Leaving Certificate, 1888
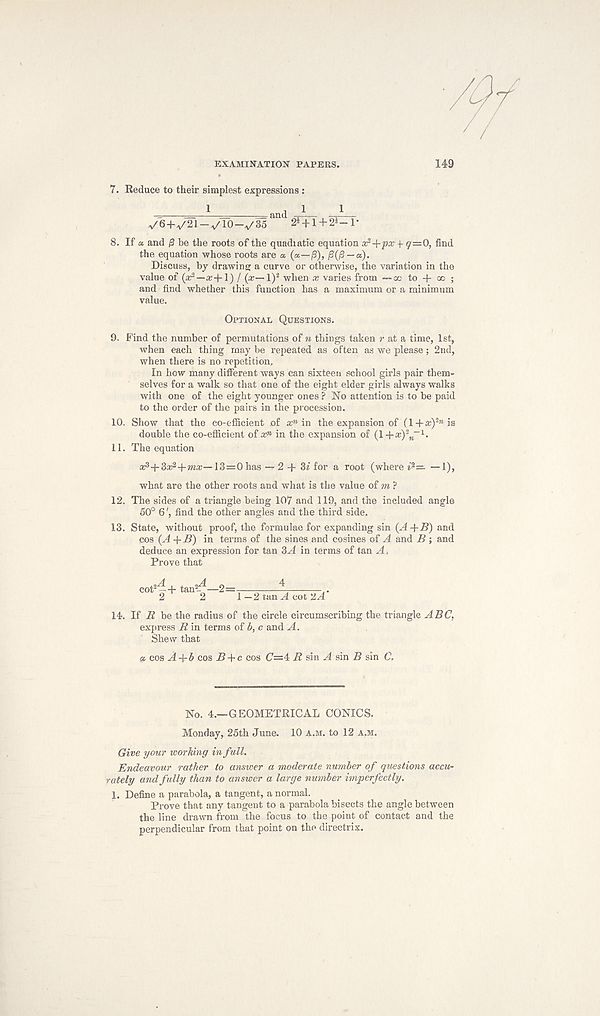
EXAMINATION PAPERS.
149
7. Reduce to their simplest expressions :
1
and 1
1
v , 6+ < /1Ti- A /To-*/35 an 2*+l+2 i -r
8. If a. and j S be the roots of the quadiatic equation ot?-\-px f 7=0, find
the equation whose roots are a (a—ft), —
Discuss, by drawing a curve or otherwise, the variation in the
value of (a? 2 —£e-f-l) / (x—l) 2 when x varies from —oc to + oo ;
and find whether this function has a maximum or a minimum
value.
Optional Questions.
9. Find the number of permutations of n things taken r at a time, 1st,
when each thing may be repeated as often as we please; 2nd,
when there is no repetition.
In how many different ways can sixteen school girls pair them-
selves for a walk so that one of the eight elder girls always walks
with one of the eight younger ones ? No attention is to be paid
to the order of the pairs in the procession.
10. Show that the co-efficient of x n in the expansion of (1 + a:) 2w is
double the co-efficient of x n in the expansion of (l+a:) 2
M
_1 .
11. The equation
x?+Zx 2 -\-mx—13=0 has — 2 -f- 3« for a root (where < 2 = —1),
what are the other roots and what is the value of to ?
12. The sides of a triangle being 107 and 119, and the included angle
50° 6', find the other angles and the third side,
13. State, without proof, the formulae for expanding sin (A +B) and
Cos (A +J3) in terms of the sines and cosines of A and B ; and
deduce an expression for tan 3A in terms of tan A,
Prove that
cot 2^+ taff^j—2=
4
1 —2 tan A cot 2^4"
14. If B be the radius of the circle circumscribing the triangle ABC,
express R in terms of b, c and A.
Shew that
& cos A+b cos B + c cos (7=4 R sin A sin B sin C.
No. 4.—GEOMETRICAL CONICS.
Monday, 25th June. 10 a.m. to 12 A.M.
Give yoiir working in full.
Endeavour rather to answer a moderate number of questions accu-
rately and fully than to answer a large number imperfectly.
1. Define a parabola, a tangent, a normal.
Prove that any tangent to a parabola bisects the angle between
the line drawn from the focus to the point of contact and the
perpendicular from that point on the directrix.